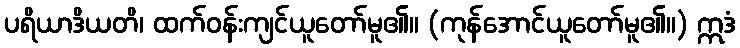
ပရိယာဒိယတိ၊ ထက်ဝန်းကျင်ယူတော်မူ၏။ (ကုန်အောင်ယူတော်မူ၏။) ဣဒံ